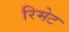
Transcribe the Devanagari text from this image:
रिमेट